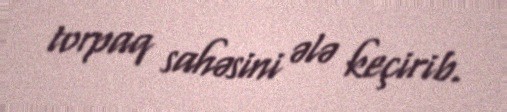
torpaq sahəsini ələ keçirib.